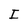
Character: I